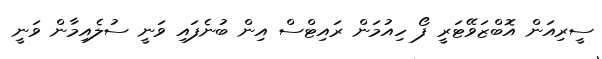
ސީރިއަން އޮބްޒަވޭޓަރީ ފޯ ހިއުމަން ރައިޓްސް އިން ބުނެފައި ވަނީ ސުލެއިމާން ވަނީ